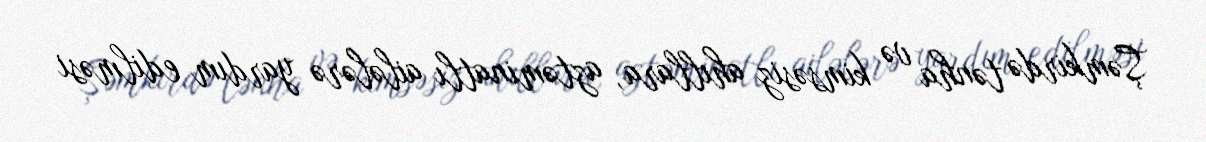
Şəmkirdə tənha və kimsəsiz ahıllara, aztəminatlı ailələrə yardım edilməsi